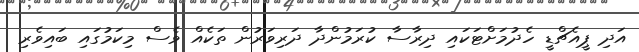
އަދި ޕީއެޗްޑީ ހެދުމަށްޓަކައި ދިރާސާ ކުރަމުންދާ ދަރިވަރުން ތަކެއް ވެސް މިކަމުގައި ބައިވެރި